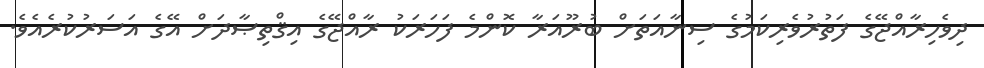
ދިވެހިރާއްޖޭގެ ފަތުރުވެރިކަމުގެ ސިނާއަތަށް ބުރޫއަރާ ކޮންމެ ފަހަރަކު ރާއްޖޭގެ އިޤްތިޞާދަށް އޭގެ އަސަރުކުރެއެވެ.